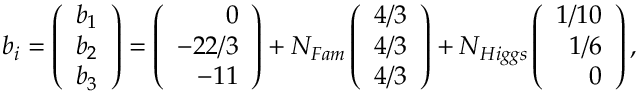
b _ { i } = \left( \begin{array} { r } { { b _ { 1 } } } \\ { { b _ { 2 } } } \\ { { b _ { 3 } } } \end{array} \right) = \left( \begin{array} { r } { { 0 } } \\ { { - 2 2 / 3 } } \\ { { - 1 1 } } \end{array} \right) + N _ { F a m } \left( \begin{array} { r } { { 4 / 3 } } \\ { { 4 / 3 } } \\ { { 4 / 3 } } \end{array} \right) + N _ { H i g g s } \left( \begin{array} { r } { { 1 / 1 0 } } \\ { { 1 / 6 } } \\ { { 0 } } \end{array} \right) ,